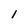
Character: 1